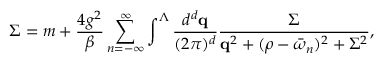
\Sigma = m + \frac { 4 g ^ { 2 } } { \beta } \sum _ { n = - \infty } ^ { \infty } \int ^ { \Lambda } \frac { d ^ { d } { \bf q } } { ( 2 \pi ) ^ { d } } \frac { \Sigma } { { \bf q } ^ { 2 } + ( \rho - \bar { \omega } _ { n } ) ^ { 2 } + \Sigma ^ { 2 } } ,